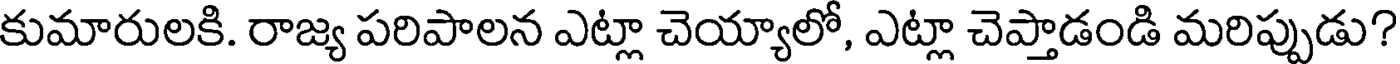
కుమారులకి. రాజ్య పరిపాలన ఎట్లా చెయ్యాలో, ఎట్లా చెప్తాడండి మరిప్పుడు?